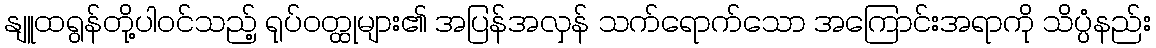
နျူထရွန်တို့ပါဝင်သည့် ရုပ်ဝတ္ထုများ၏ အပြန်အလှန် သက်ရောက်သော အကြောင်းအရာကို သိပ္ပံနည်း